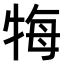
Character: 𤙩